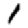
Digit: 1